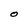
Character: O